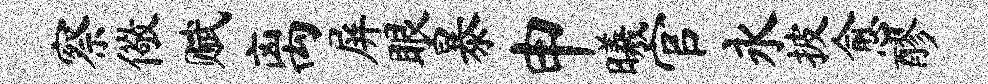
察儆赋离屏眼暴申曦官永披愈醪